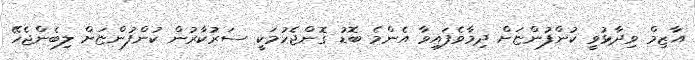
އާޒިމް ވިދާޅުވީ ކުންފުންޏަށް ދިމާވެފައިވާ އެންމެ ބޮޑު ގޮންޖެހުމަކީ ސަރުކާރުން ކުންފުންޏަށް ލިބެންޖެހޭ